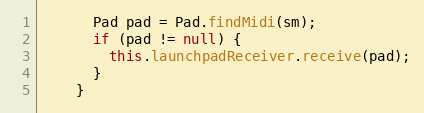
Language: Java
      Pad pad = Pad.findMidi(sm);
      if (pad != null) {
        this.launchpadReceiver.receive(pad);
      }
    }